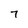
Character: 7